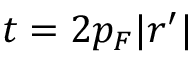
t = 2 p _ { F } | r ^ { \prime } |